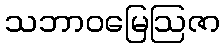
သဘာဝမြေဩဇာ